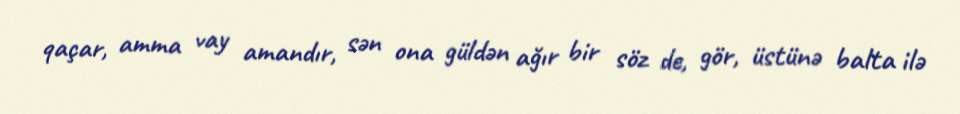
qaçar, amma vay amandır, sən ona güldən ağır bir söz de, gör, üstünə balta ilə